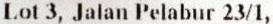
LOT 3, JALAN PELABUR 23/1,